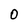
Character: 0